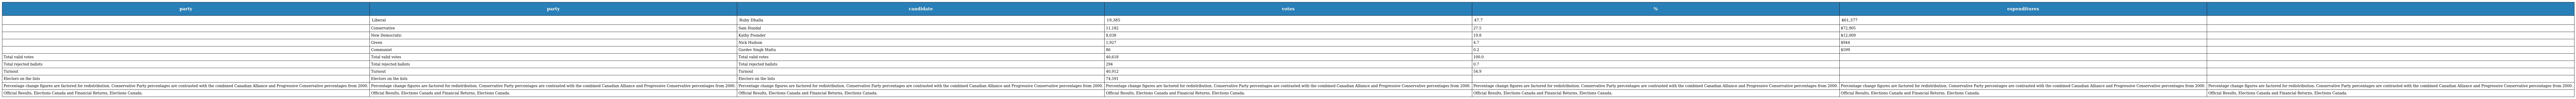
| party | party | candidate | votes | % | expenditures |  |
 | --- | --- | --- | --- | --- | --- | --- |
 |  | Liberal | Ruby Dhalla | 19,385 | 47.7 | $61,377 |  |
 |  | Conservative | Sam Hundal | 11,182 | 27.5 | $72,905 |  |
 |  | New Democratic | Kathy Pounder | 8,038 | 19.8 | $12,009 |  |
 |  | Green | Nick Hudson | 1,927 | 4.7 | $944 |  |
 |  | Communist | Gurdev Singh Mattu | 86 | 0.2 | $599 |  |
 | Total valid votes | Total valid votes | Total valid votes | 40,618 | 100.0 |  |  |
 | Total rejected ballots | Total rejected ballots | Total rejected ballots | 294 | 0.7 |  |  |
 | Turnout | Turnout | Turnout | 40,912 | 54.9 |  |  |
 | Electors on the lists | Electors on the lists | Electors on the lists | 74,591 |  |  |  |
 | Percentage change figures are factored for redistribution. Conservative Party percentages are contrasted with the combined Canadian Alliance and Progressive Conservative percentages from 2000. | Percentage change figures are factored for redistribution. Conservative Party percentages are contrasted with the combined Canadian Alliance and Progressive Conservative percentages from 2000. | Percentage change figures are factored for redistribution. Conservative Party percentages are contrasted with the combined Canadian Alliance and Progressive Conservative percentages from 2000. | Percentage change figures are factored for redistribution. Conservative Party percentages are contrasted with the combined Canadian Alliance and Progressive Conservative percentages from 2000. | Percentage change figures are factored for redistribution. Conservative Party percentages are contrasted with the combined Canadian Alliance and Progressive Conservative percentages from 2000. | Percentage change figures are factored for redistribution. Conservative Party percentages are contrasted with the combined Canadian Alliance and Progressive Conservative percentages from 2000. | Percentage change figures are factored for redistribution. Conservative Party percentages are contrasted with the combined Canadian Alliance and Progressive Conservative percentages from 2000. |
 | Official Results, Elections Canada and Financial Returns, Elections Canada. | Official Results, Elections Canada and Financial Returns, Elections Canada. | Official Results, Elections Canada and Financial Returns, Elections Canada. | Official Results, Elections Canada and Financial Returns, Elections Canada. | Official Results, Elections Canada and Financial Returns, Elections Canada. | Official Results, Elections Canada and Financial Returns, Elections Canada. | Official Results, Elections Canada and Financial Returns, Elections Canada. |